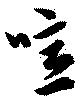
噫